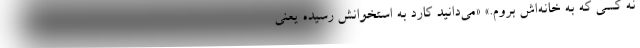
نه کسی که به خانه‌اش بروم.» «می‌دانید کارد به استخوانش رسیده یعنی